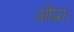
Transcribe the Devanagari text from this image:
ओप्राः